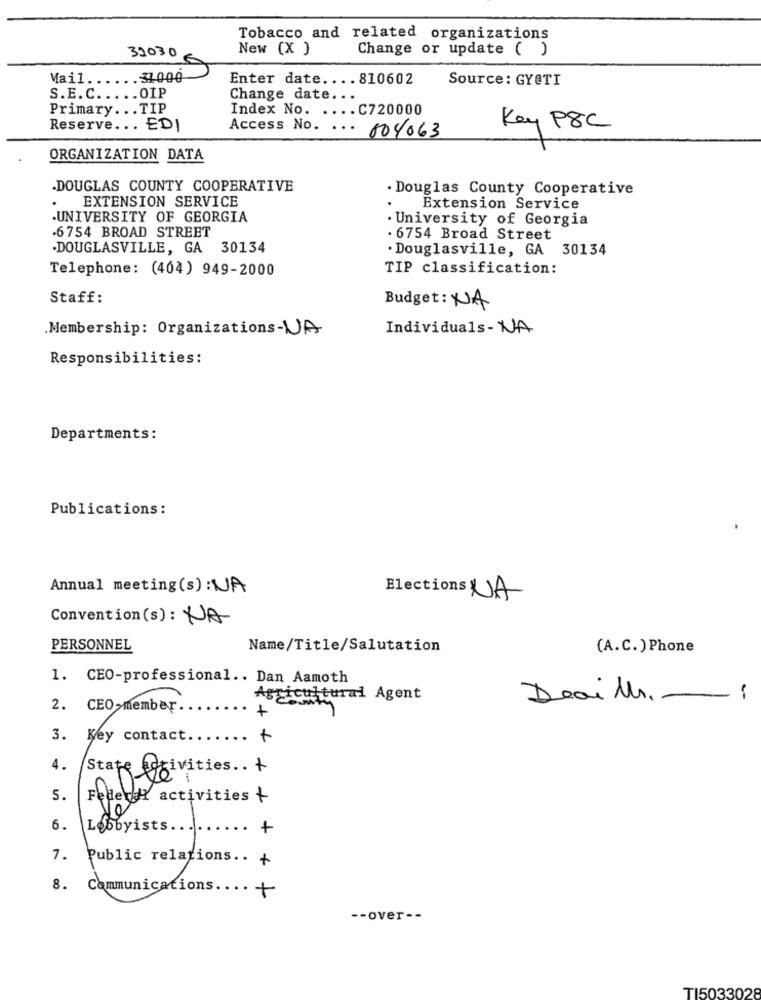
Tobacco and related organizations
32030
New (X )
Change or update ( )
Mail ...
.31000
Enter date .... 810602
Source : GY@TI
S.E. C ..... OIP
Change date ...
Primary ... TIP
Index No. .... C720000
Reserve .. . EDI
Key P8C
Access No. ... 604063
ORGANIZATION DATA
.DOUGLAS COUNTY COOPERATIVE
. Douglas County Cooperative
.
EXTENSION SERVICE
Extension Service
UNIVERSITY OF GEORGIA
· University of Georgia
6754 BROAD STREET
. 6754 Broad Street
.DOUGLASVILLE, GA 30134
. Douglasville, GA 30134
Telephone: (404) 949-2000
TIP classification:
Staff:
Budget: NA
.Membership: Organizations-VA
Individuals- NA
Responsibilities:
Departments:
Publications:
Annual meeting(s): NA
Elections NA
Convention(s): NA
PERSONNEL
Name/Title/Salutation
(A.C.) Phone
1. CEO-professional .. Dan Aamoth
Agric
ultural Agent
Deaille.
2. CEO-member.
+
3.
Key contact ....... +
4.
State aggivities. . +
5.
Felle ! activities +
0
6.
Lobbyists .....
.. +
7. Public relations .. +
8. Communications .... +
-- over --
TI5033028